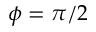
\phi = \pi / 2